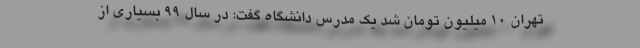
تهران ۱۰ میلیون تومان شد یک مدرس دانشگاه گفت: در سال ۹۹ بسیاری از